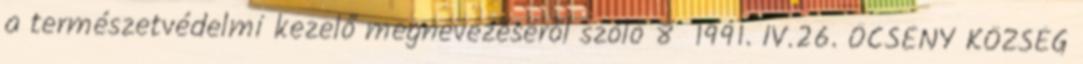
a természetvédelmi kezelő megnevezéséről szóló 8 1991. IV.26. ŐCSÉNY KÖZSÉG